65_HS1-834228961_62-HQ-83894_Section_5
Agency: FBI
Page 39
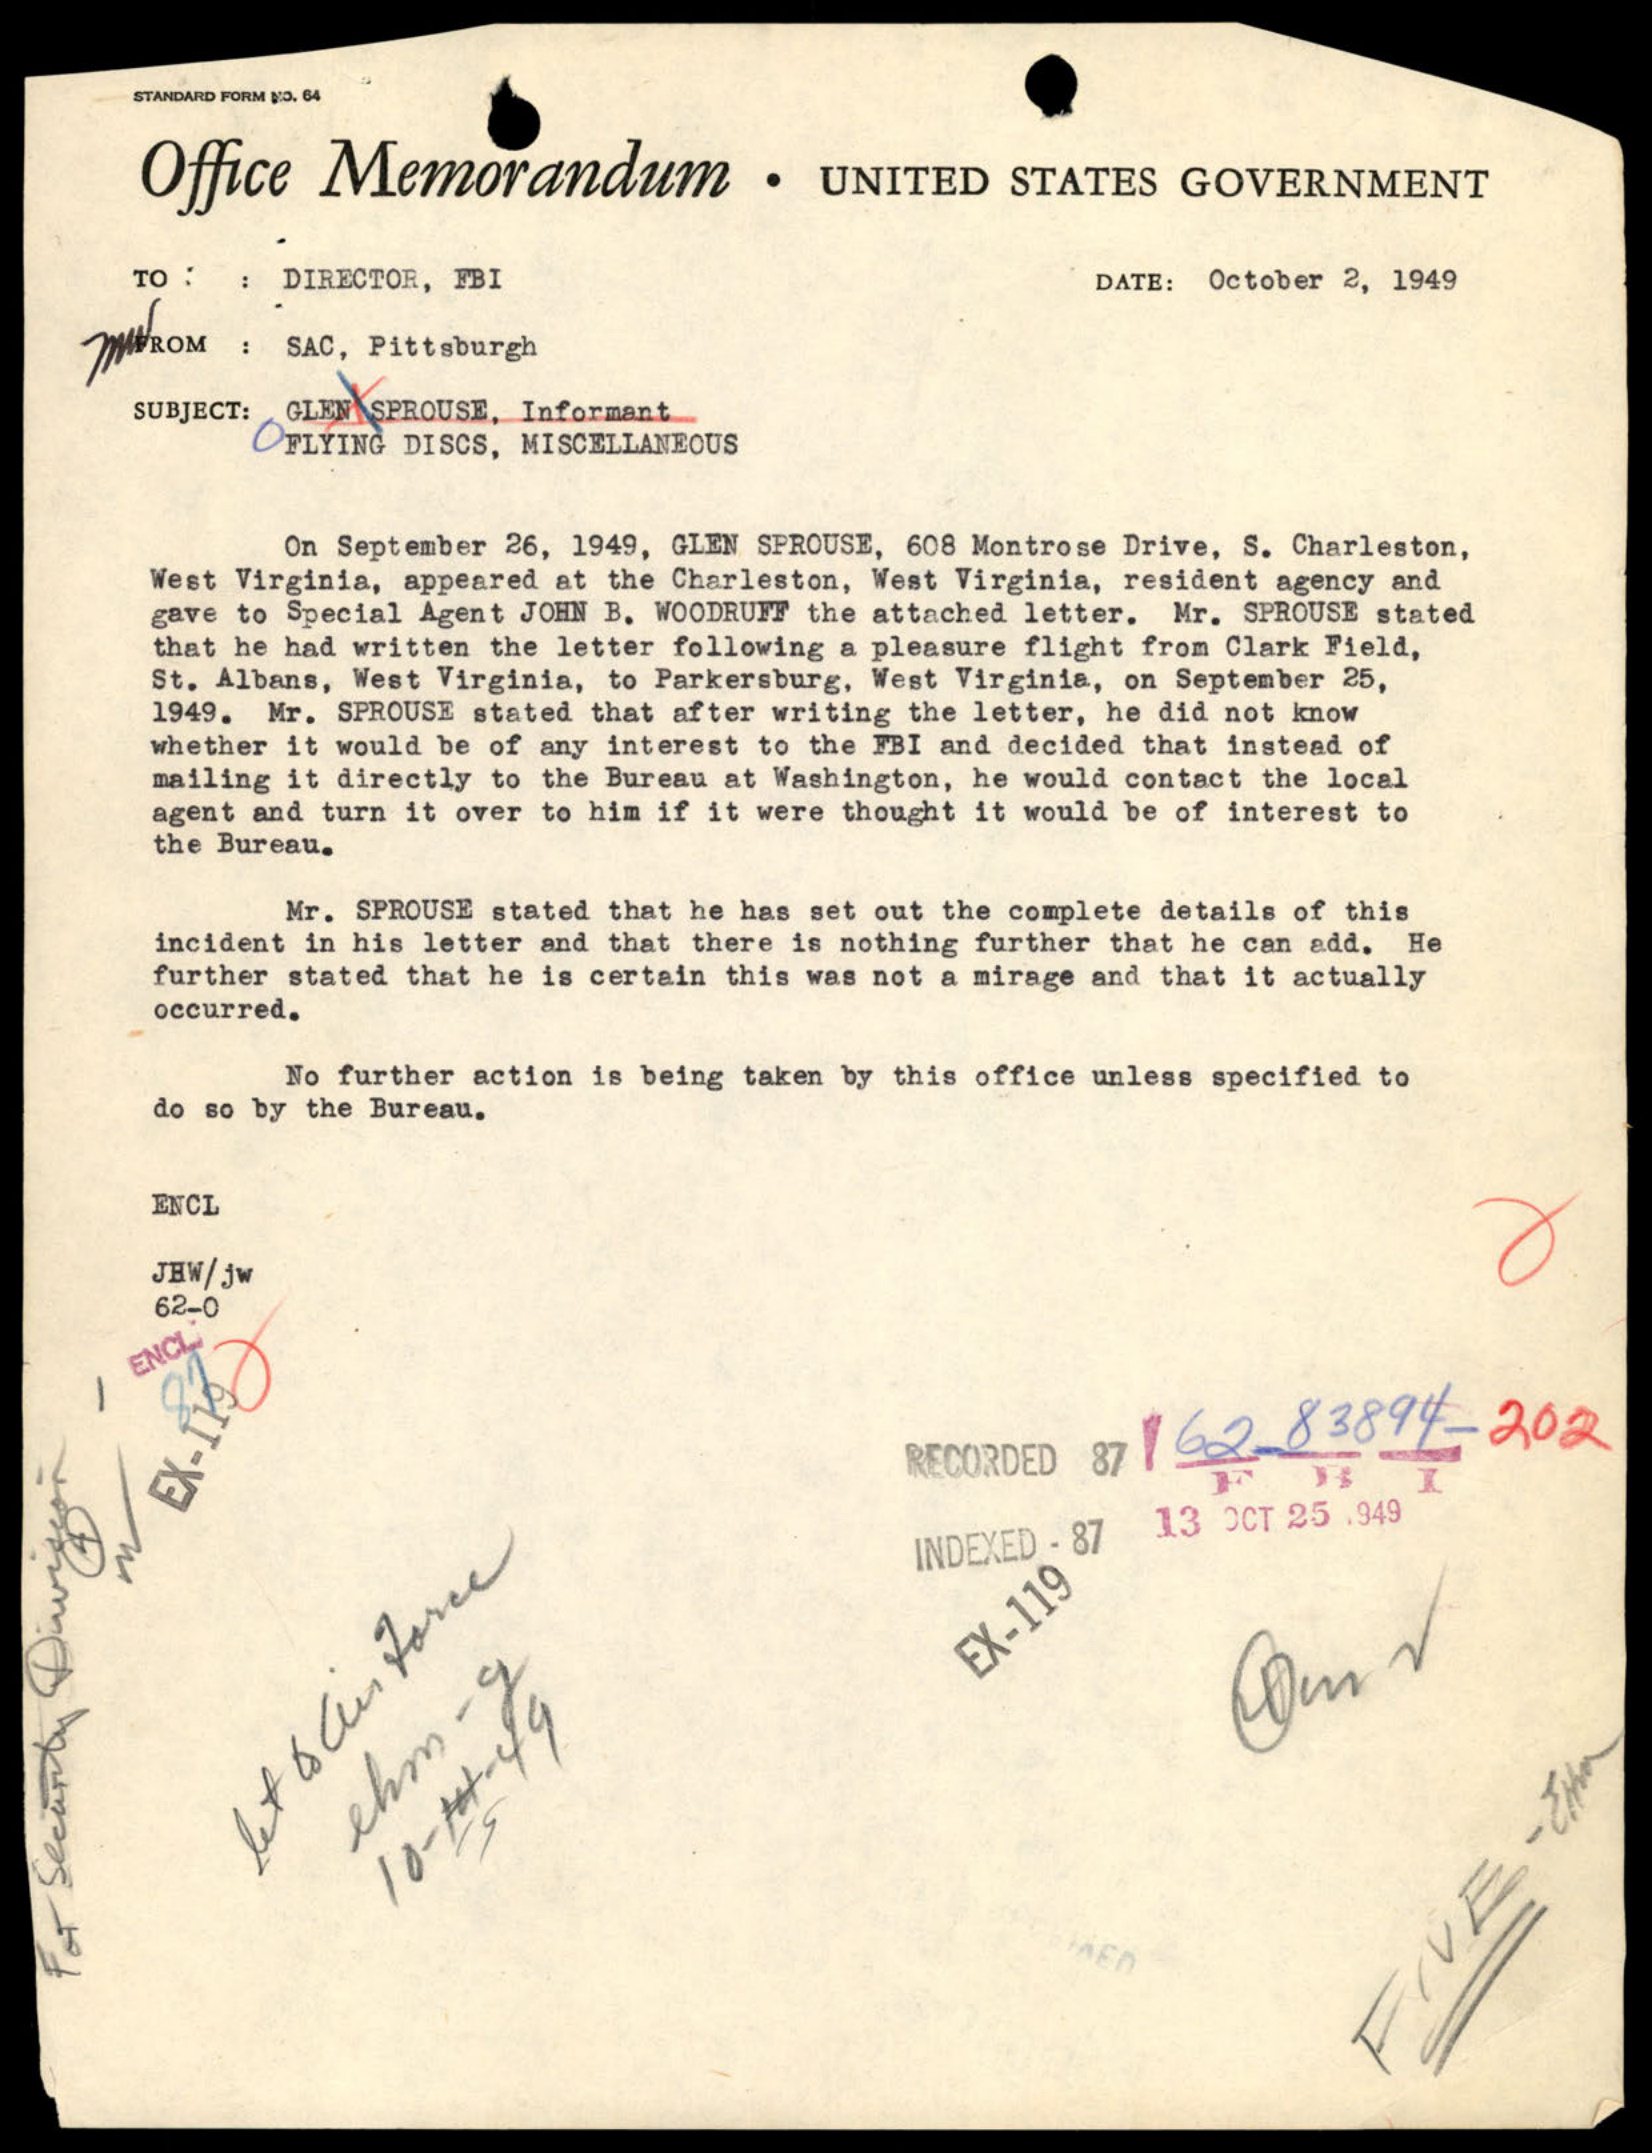